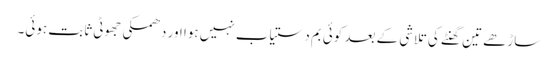
ساڑھے تین گھنٹے کی تلاشی کے بعد کوئی بم دستیاب نہیں ہوا اور دھمکی جھوٹی ثابت ہوئی۔